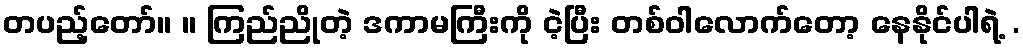
တပည့်တော်။ ။ ကြည်ညိုတဲ့ ဒကာမကြီးကို ငဲ့ပြီး တစ်ဝါလောက်တော့ နေနိုင်ပါရဲ့ .